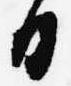
日